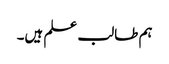
ہم طالب علم ہیں۔